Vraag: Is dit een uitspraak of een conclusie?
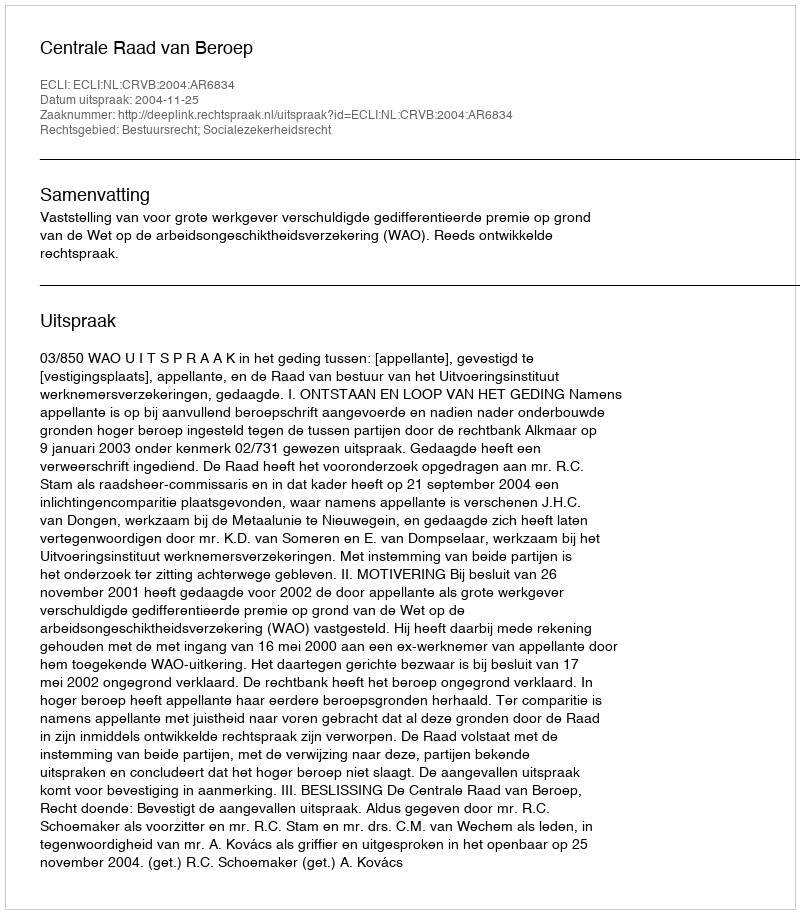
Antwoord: Uitspraak